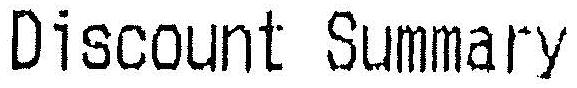
DISCOUNT SUMMARY